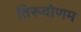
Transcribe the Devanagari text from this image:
तिरूवोणम